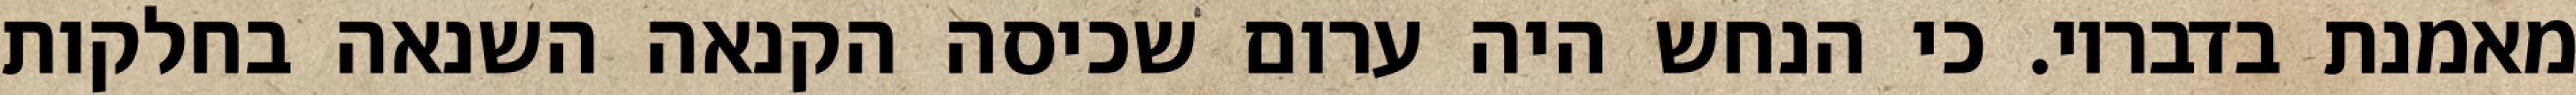
מאמנת בדבריו. כי הנחש היה ערום שכיסה הקנאה השנאה בחלקות